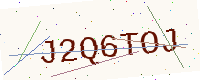
Text: J2Q6TOJ